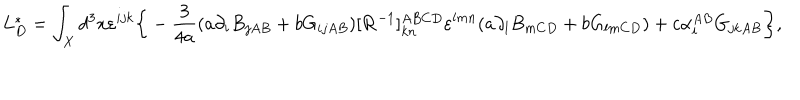
LaTeX: L _ { D } ^ { \ast } = \int _ { X } d ^ { 3 } x \varepsilon ^ { i j k } \bigg \{ - { \frac { 3 } { 4 a } } ( a \partial _ { i } B _ { j A B } + b G _ { i j A B } ) [ { \bf R } ^ { - 1 } ] _ { k n } ^ { A B C D } \varepsilon ^ { l m n } ( a \partial _ { l } B _ { m C D } + b G _ { l m C D } ) + c \alpha _ { i } ^ { A B } G _ { j k A B } \bigg \} ,